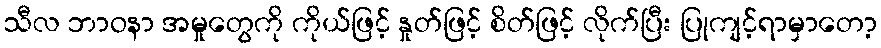
သီလ ဘာဝနာ အမှုတွေကို ကိုယ်ဖြင့် နှုတ်ဖြင့် စိတ်ဖြင့် လိုက်ပြီး ပြုကျင့်ရာမှာတော့